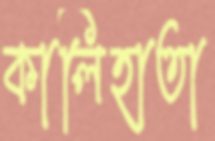
কালিহাতা